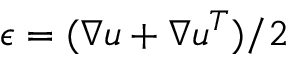
\boldsymbol { \epsilon } = ( \nabla \boldsymbol { u } + \nabla \boldsymbol { u } ^ { T } ) / 2